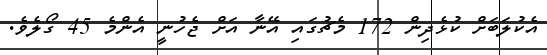
އެކުލަބަށް ކުޅެދިން 172 މެޗުގައި އޭނާ އަށް ޖެހުނީ އެންމެ 45 ގޯލެވެ.